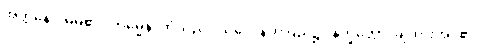
အတ္တနော၊ မိမိ၏။ ကမ္မေန၊ ကံသည်။ သဂ္ဂေ၊ နတ်ပြည်၌။ နိက္ခိတ္တော၊ ချထားအပ်၏။